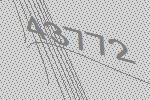
43772